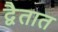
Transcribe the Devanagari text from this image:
द्वैतात